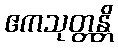
ဧကသုတ္တန္တိ